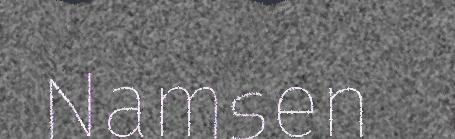
Namsen